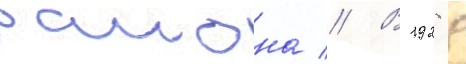
раиона // В 1928